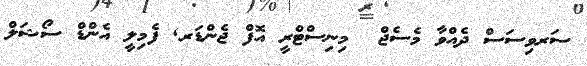
ސަރވިސަސް ދެއްވާ މެސެޖް  މިނިސްޓްރީ އޮފް ޖެންޑަރ